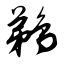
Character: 鹈